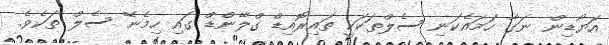
އަޔޯޑިން ނަގާ ހަމައެކަނި ސެލްތަކަކީ ތައިރޮއިޑް ގްލޭންޑް ގައި ހިމެނޭ ސެލް ތަކެވެ.